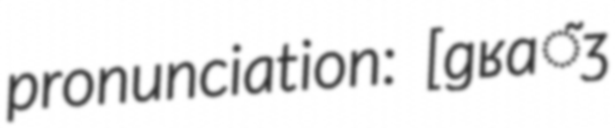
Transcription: pronunciation: ​[ɡʁɑ̃ʒ